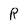
Character: R